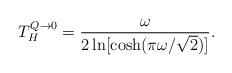
LaTeX: \begin{align*}T^{Q\to 0}_{H} ={ \omega \over 2 \ln[ \cosh( \pi \omega / \sqrt 2 ) ]}.\end{align*}